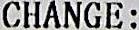
CHANGE: